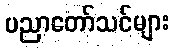
ပညာတော်သင်များ